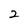
Character: 2